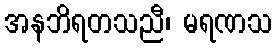
အနဘိရတသညီ၊ မရဏသ